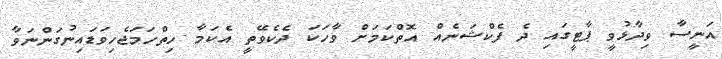
އަނީސާ ވިދާޅުވީ ޕާޓީގައި ދެ ފެކްޝަނެއް އޮތްކަމަށް ވާހަކަ ދެކެވޭތީ އެކަމާ ހިތްހަމަޖެހިވަޑައިނުގަންނަވާ